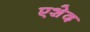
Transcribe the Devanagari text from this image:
एशेद